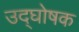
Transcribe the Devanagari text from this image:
उद्‍घोषक